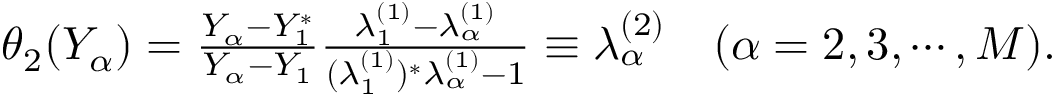
\begin{array} { r } { \theta _ { 2 } ( Y _ { \alpha } ) = \frac { Y _ { \alpha } - Y _ { 1 } ^ { * } } { Y _ { \alpha } - Y _ { 1 } } \frac { \lambda _ { 1 } ^ { ( 1 ) } - \lambda _ { \alpha } ^ { ( 1 ) } } { ( \lambda _ { 1 } ^ { ( 1 ) } ) ^ { * } \lambda _ { \alpha } ^ { ( 1 ) } - 1 } \equiv \lambda _ { \alpha } ^ { ( 2 ) } \ \ \ ( \alpha = 2 , 3 , \cdots , M ) . } \end{array}